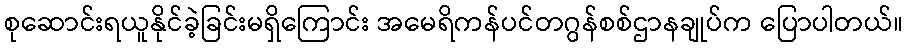
စုဆောင်းရယူနိုင်ခဲ့ခြင်းမရှိကြောင်း အမေရိကန်ပင်တဂွန်စစ်ဌာနချုပ်က ပြောပါတယ်။